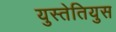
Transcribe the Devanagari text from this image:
युस्तेतियुस